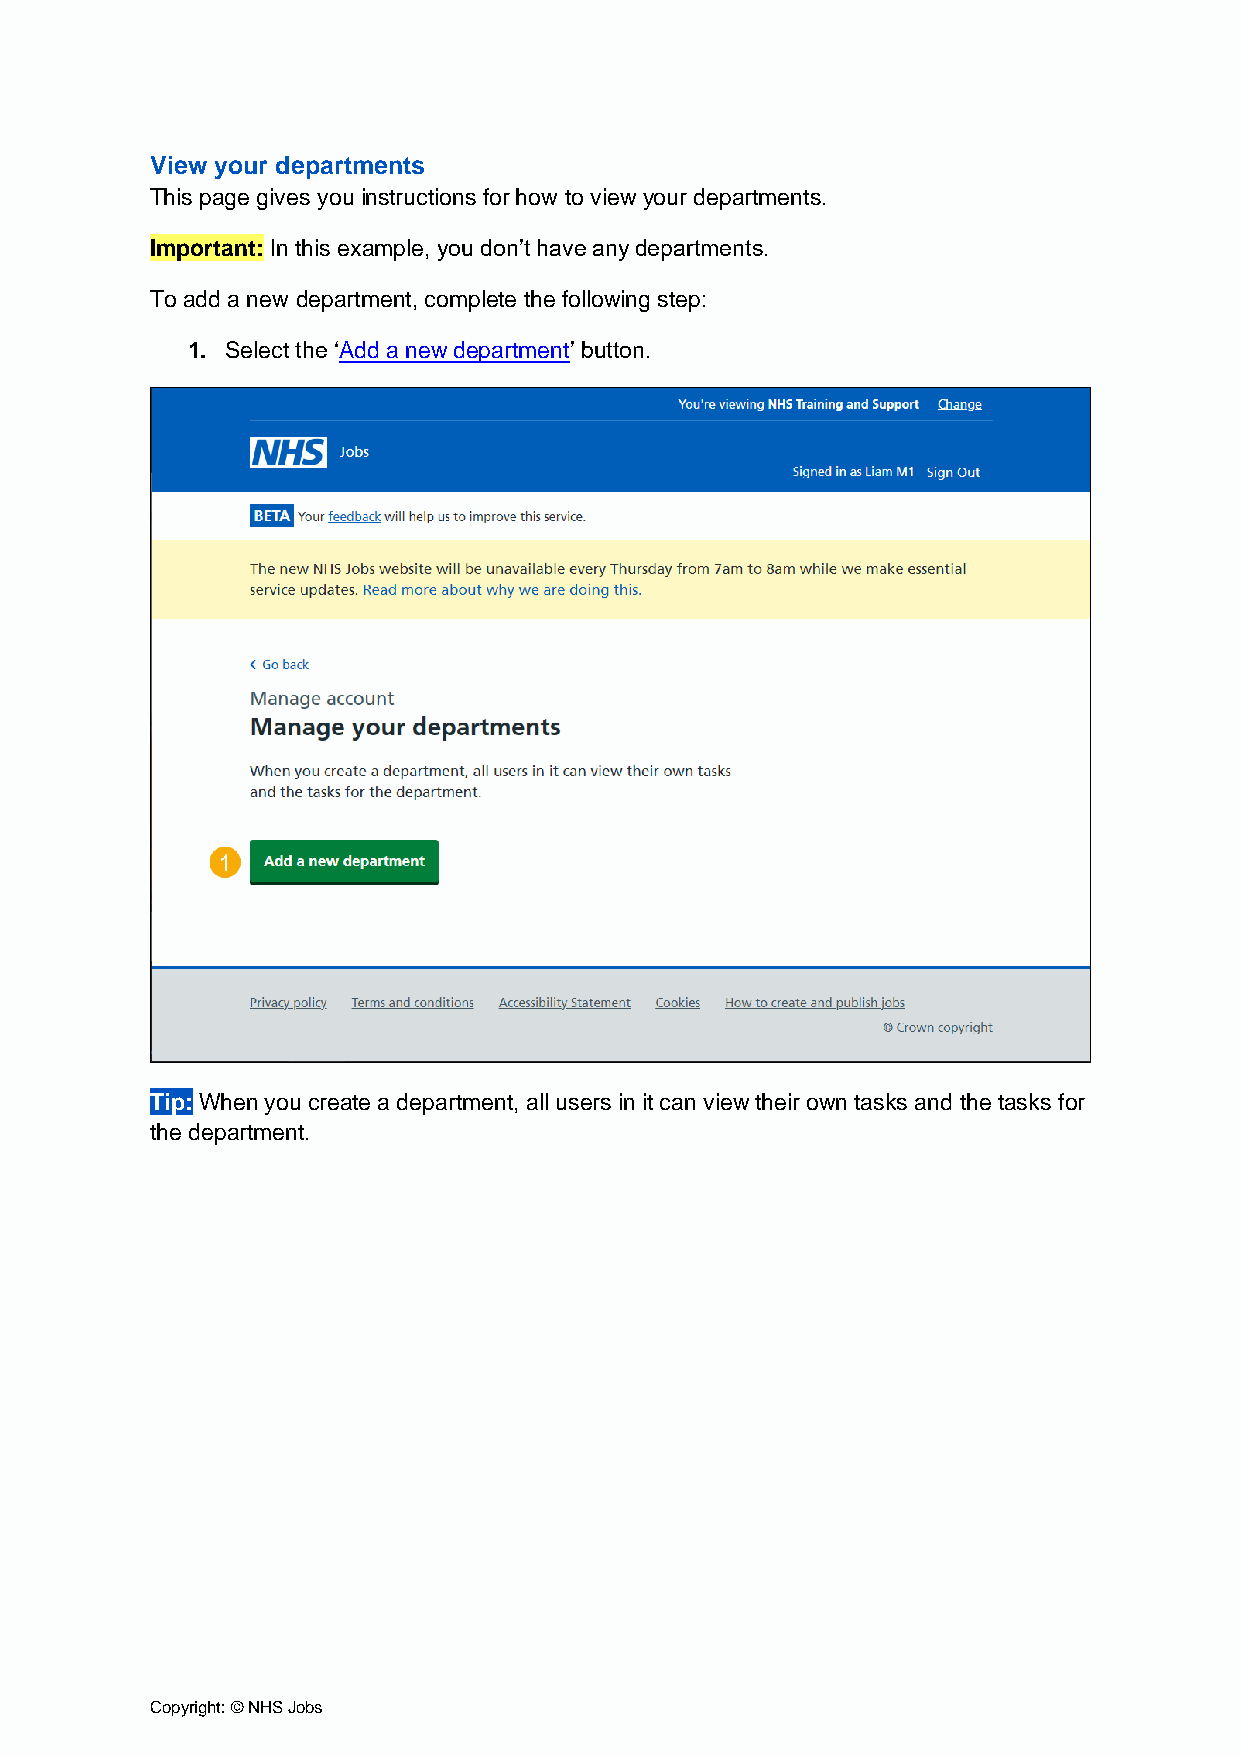
View your departments
 This page gives you instructions for how to view your departments.
 Important: In this example, you don’t have any departments.
 To add a new department, complete the following step:
 1. Select the ‘Add a new department’ button.
 Tip: When you create a department, all users in it can view their own tasks and the tasks for
 the department.
 Copyright: © NHS Jobs